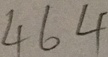
4 6 4